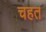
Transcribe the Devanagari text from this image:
चहत